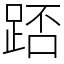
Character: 踎